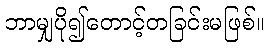
ဘာမျှပို၍တောင့်တခြင်းမဖြစ်။